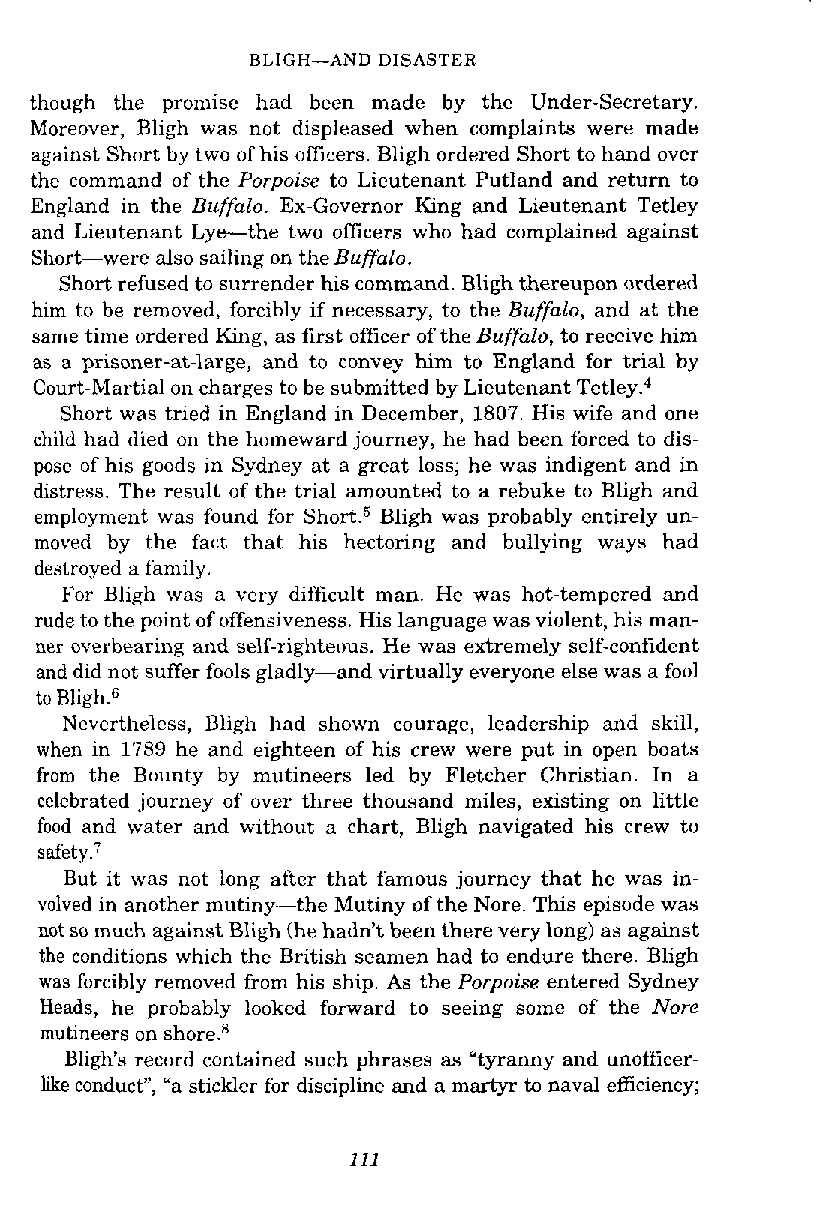
BLIGH-AND DISASTER
 though the promise had been made by the Under-Secretary.
 Moreover, Bligh was not displeased when complaints were made
 against Short by two of his officers. Bligh ordered Short to hand over
 the command of the Porpoise to Lieutenant Putland and return to
 England in the Buffalo. Ex-Governor King and Lieutenant Tetley
 and Lieutenant Lye-the two officers who had complained against
 Short-were also sailing on the Buffalo.
 Short refused to surrender his command. Bligh thereupon ordered
 him to be removed, forcibly if necessary, to the Buffalo, and at the
 same time ordered King, as first officer of the Buffalo, to receive him
 as a prisoner-at-large, and to convey him to England for trial by
 Court-Martial on charges to be submitted by Lieutenant Tetle~.~
 Short was tried in England in December, 1807. His wife and one
 child had died on the homeward journey, he had been forced to dis-
 pose of his goods in Sydney at a great loss; he was indigent and in
 distress. The result of the trial amounted to a rebuke to Bligh and
 employment was found for Sho~tB.l~ig h was probably entirely un-
 moved by the fact that his hectoring and bullying ways had
 destroyed a family.
 For Bligh was a very difficult man. He was hot-tempered and
 rude to the point of offensiveness. His language was violent, his man-
 ner overbearing and self-righteous. He was extremely self-confident
 and did not suffer fools gladly-and virtually everyone else was a fool
 to Bligh.6
 Nevertheless, Bligh had shown courage, leadership and skill,
 when in 1789 he and eighteen of his crew were put in open boats
 from the Bounty by mutineers led by Fletcher Christian. In a
 celebrated journey of over three thousand miles, existing on little
 food and water and without a chart, Bligh navigated his crew to
 ~afety.~
 But it was not long after that famous journey that he was in-
 volved in another mutiny-the Mutiny of the Nore. This episode was
 not so much against Bligh (he hadn't been there very long) as against
 the conditions which the British seamen had to endure there. Bligh
 was forcibly removed from his ship. As the Porpoise entered Sydney
 Heads, he probably looked forward to seeing some of the Nore
 mutineers on shore.8
 Bligh's record contained such phrases as "tyranny and unofficer-
 like conduct", "a stickler for discipline and a martyr to naval efficiency;